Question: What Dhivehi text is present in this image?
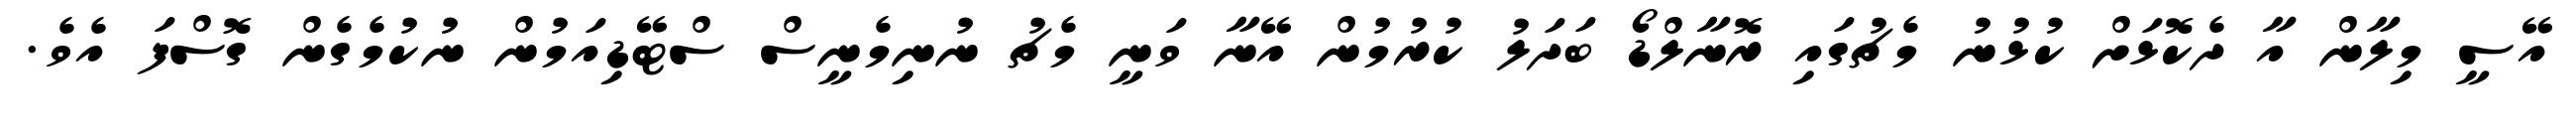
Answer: އޭސީ މިލާން އާ ދެކޮޅަށް ކުޅުނު މެޗުގައި ރޮނާލްޑޯ ބަދަލު ކުރުމުން އޭނާ ވަނީ މެޗު ނުނިމެނީސް ސްޓޭޑިއަމުން ނުކުމެގެން ގޮސްފަ އެވެ.